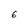
Character: 6